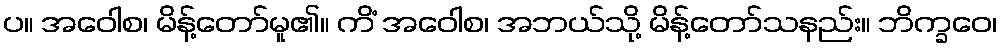
ပ။ အဝေါစ၊ မိန့်တော်မူ၏။ ကိံ အဝေါစ၊ အဘယ်သို့ မိန့်တော်သနည်း။ ဘိက္ခဝေ၊